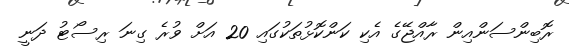
ރޮބިންސަންއިން ރާއްޖޭގެ އެކި ކަންކޮޅުތަކުގައި 20 އަށް ވުރެ ގިނަ ރިސޯޓު ދަނީ